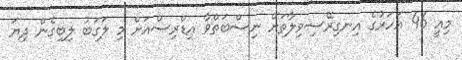
މިއީ 46 އަހަރުގެ އިނގިރޭސިވިލާތަށް ނިސްބަތްވާ އިޑްރިސްއަށް މި ލަގަބު ލިބިގެން ދިޔަ